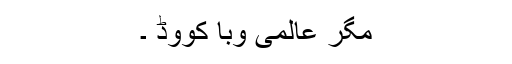
مگر عالمی وبا کووڈ ۔